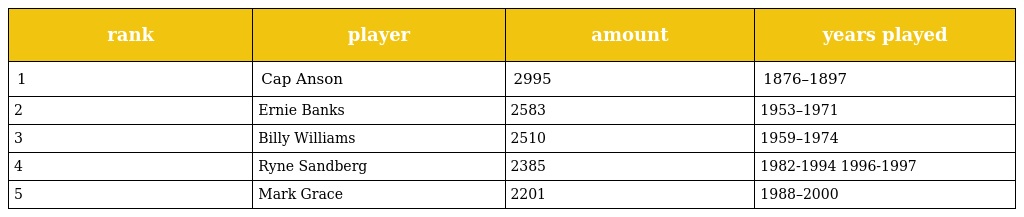
| rank | player | amount | years played |
 | --- | --- | --- | --- |
 | 1 | Cap Anson | 2995 | 1876–1897 |
 | 2 | Ernie Banks | 2583 | 1953–1971 |
 | 3 | Billy Williams | 2510 | 1959–1974 |
 | 4 | Ryne Sandberg | 2385 | 1982-1994 1996-1997 |
 | 5 | Mark Grace | 2201 | 1988–2000 |